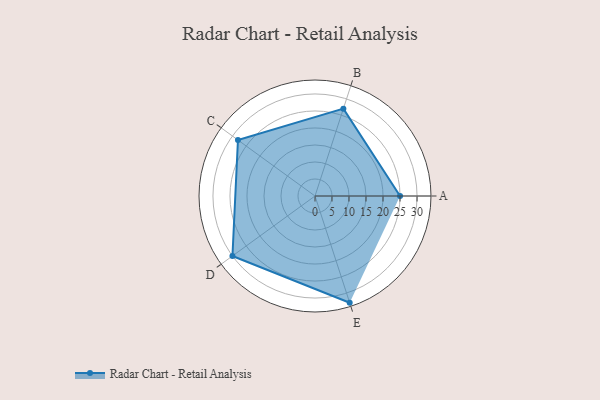
{"axis": {"x": "Skill", "y": "Score"}, "legend": ["Profile"], "data": [{"x": "A", "y": 25.0, "type": "Profile"}, {"x": "B", "y": 27.0, "type": "Profile"}, {"x": "C", "y": 28.0, "type": "Profile"}, {"x": "D", "y": 30.0, "type": "Profile"}, {"x": "E", "y": 33.0, "type": "Profile"}]}